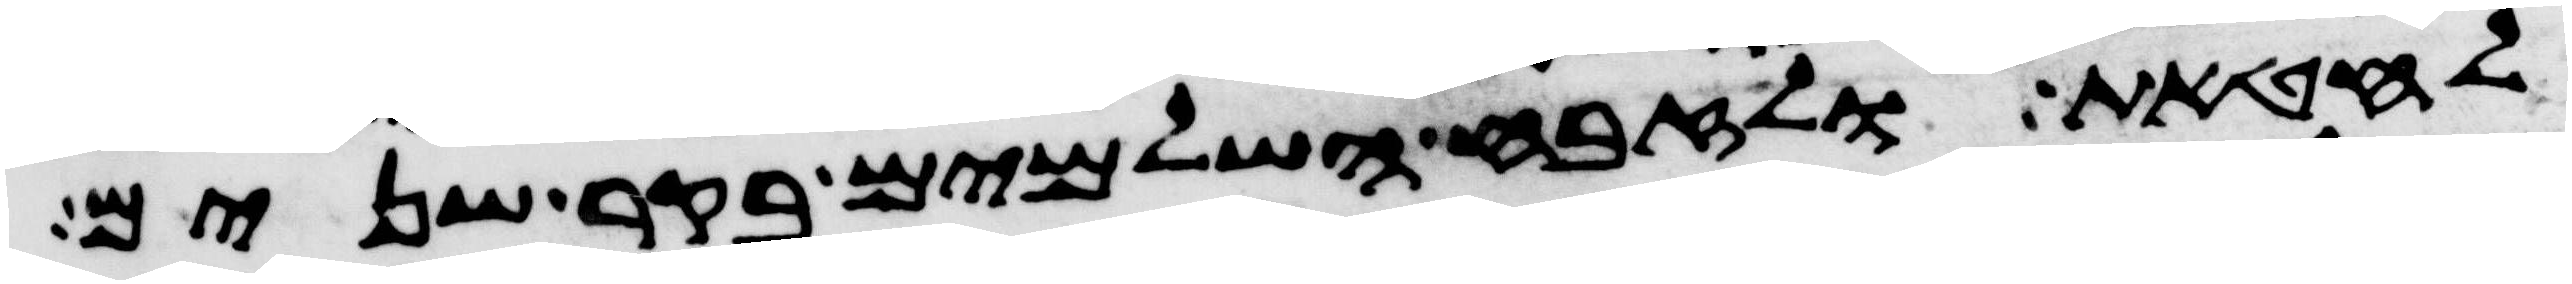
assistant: לחטאת ולזבח השלמים בקר שנים